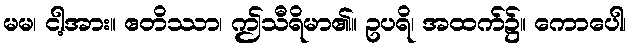
မမ၊ ငါ့အား။ ဧတိဿာ၊ ဤသီရိမာ၏။ ဥပရိ၊ အထက်၌။ ကောပေါ၊